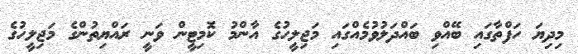
މިދިޔަ ހަފްތާގައި ބޭއްވި ބައްދަލުވުމެއްގައި މަޖިލީހުގެ އާންމު ކޮމިޓީން ވަނީ ރައްޔިތުންގެ މަޖިލީހުގެ